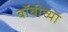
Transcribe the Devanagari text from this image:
बॉबीच्या